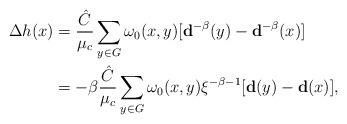
LaTeX: \begin{align*}\Delta h(x)& =\frac {\hat C}{\mu_c}\sum_{y\in G}\omega_0(x,y) [\mathbf{d}^{-\beta}(y) -\mathbf{d}^{-\beta}(x) ]\\& =-\beta \frac {\hat C}{\mu_c}\sum_{y\in G}\omega_0(x,y)\xi^{-\beta-1}[\mathbf{d}(y) -\mathbf{d}(x) ],\end{align*}